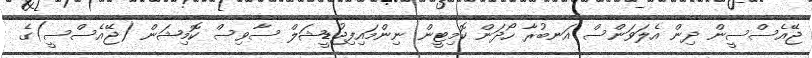
ޖޭއެސްސީން ދިން އެލަވަންސް އަނބުރާ ހޯދަން ކޮމިޓީން ނިންމައިފިޖުޑީޝަލް ސާވިސް ކޮމިޝަން (ޖޭއެސްސީ)ގެ